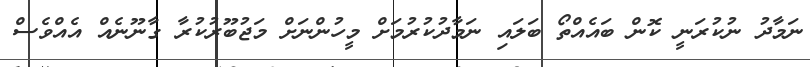
ނަމާދު ނުކުރަނީ ކޮން ބައެއްތޯ ބަލައި ނަމާދުކުރުމަށް މީހުންނަށް މަޖުބޫރުކުރާ ގާނޫނެއް އެއްވެސް